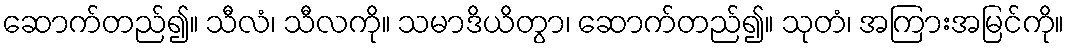
ဆောက်တည်၍။ သီလံ၊ သီလကို။ သမာဒိယိတွာ၊ ဆောက်တည်၍။ သုတံ၊ အကြားအမြင်ကို။